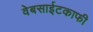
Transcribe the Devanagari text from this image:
वेबसाईटकाफी